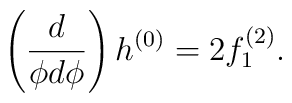
\left( \frac{d}{\phi d \phi} \right) h^{(0)} = 2 f^{(2)}_1 .